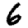
Digit: 6